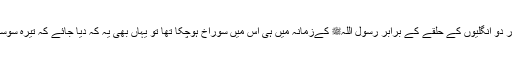
جو دو ملکوں کے درمیان حائل ہے اور یاجوج ماجوج اس کے توڑنےمیں لگے ہوئے ہیں اور دو انگلیوں کے حلقے کے برابر رسول اللہﷺ کےزمانہ میں ہی اس میں سوراخ ہوچکا تھا تو یہاں بھی یہ کہ دیا جائے کہ تیرہ سوسال کی تاریخ نے یہ ثابت کردیا کہ رسول تو درکنار خدا کا اندیشہ بھی صحیح نہیں دیدہ باید ۔